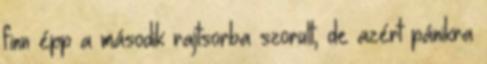
finn épp a második rajtsorba szorult, de azért pánikra